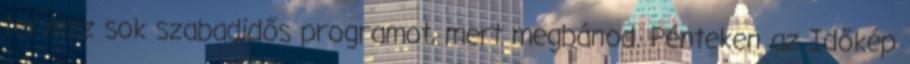
tervezz sok szabadidős programot, mert megbánod. Pénteken az Időkép